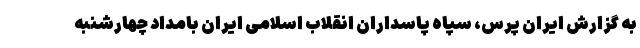
به گزارش ایران پرس، سپاه پاسداران انقلاب اسلامی ایران بامداد چهارشنبه